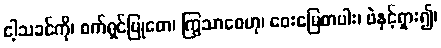
ငါ့သခင်ကို၊ စက်ရှင်မြုတေ၊ ကြွသာစေဟု၊ ဝေးမြေတပါး၊ ဖဲနှင့်ရှား၍၊